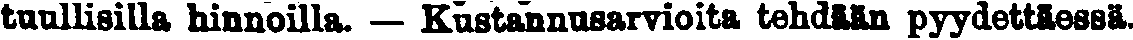
tuullisilla hinnoilla. — Kustannusarvioita tehdään pyydettäessä.